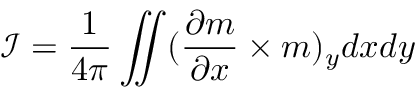
{ \mathcal { I } } = \frac { 1 } { 4 \pi } \iint ( \frac { \partial \boldsymbol { m } } { \partial x } \times \boldsymbol { m } ) _ { y } d x d y